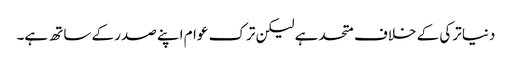
دنیا ترکی کے خلاف متحد ہے لیکن ترک عوام اپنے صدر کے ساتھ ہے۔